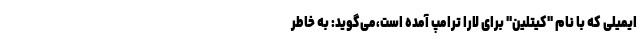
ایمیلی که با نام "کیتلین" برای لارا ترامپ آمده است،می‌گوید: به خاطر